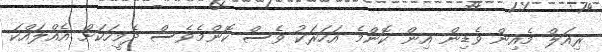
ރިއަލް މެއިން ވެޑިން އިން ކޮންމެ އަހަރަކު ވެސް ކޮންމެވެސް ދެމީހަކަށް އެއްލައްކަ